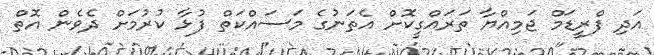
އަދި ފްރީޑަމް ޖަމިއްޔާ ތަރައްގީކޮށް އެތަނުގެ މަސައްކަތް ފުޅާ ކުރުމަށް ދެވެން އޮތް